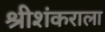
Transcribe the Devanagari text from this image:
श्रीशंकराला